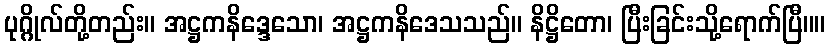
ပုဂ္ဂိုလ်တို့တည်း။ အဋ္ဌကနိဒ္ဒေသော၊ အဋ္ဌကနိဒေသသည်။ နိဋ္ဌိတော၊ ပြီးခြင်းသို့ရောက်ပြီ။။